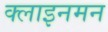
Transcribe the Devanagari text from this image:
क्लाइनमन